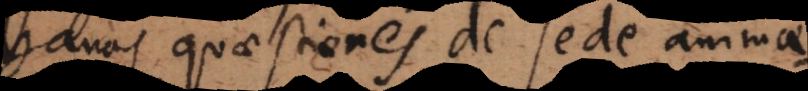
vanas quaestiones de sede animae